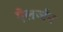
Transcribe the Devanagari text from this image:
ऐलर्जन